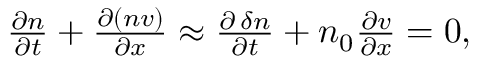
\begin{array} { r } { \frac { \partial n } { \partial t } + \frac { \partial ( n v ) } { \partial x } \approx \frac { \partial \, \delta n } { \partial t } + n _ { 0 } \frac { \partial v } { \partial x } = 0 , } \end{array}